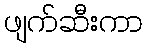
ဖျက်ဆီးကာ